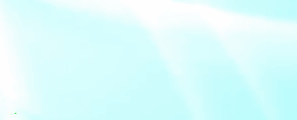
مخرج الملك فهد